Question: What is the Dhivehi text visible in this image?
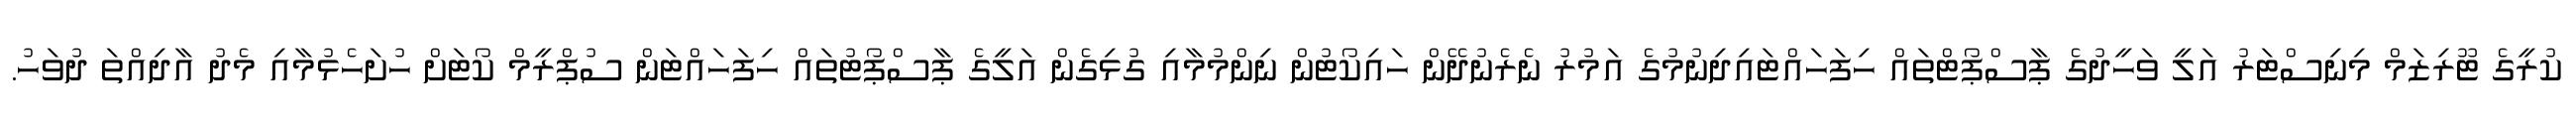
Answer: ކުރީގެ ޓޫރިޒަމް މިނިސްޓަރު އަލީ ވަހީދުގެ ޕާސްޕޯޓްތައް ހިފަހައްޓައިދިނުމުގެ އަމުރު ނެރެނުދޭން ހައިކޯޓުން ނިންމުމާއި ގުޅިގެން އަލީގެ ޕާސްޕޯޓުތައް ހިފަހައްޓަން ސުޕްރީމް ކޯޓަށް ހުށަހެޅުމާއި މެދު އާދިއްތަ ދުވަހު.